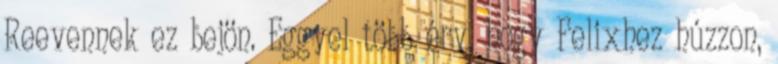
Reevennek ez bejön. Eggyel több érv, hogy Felixhez húzzon,